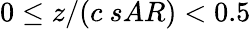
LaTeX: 0\le z/(c\ sAR)<0.5